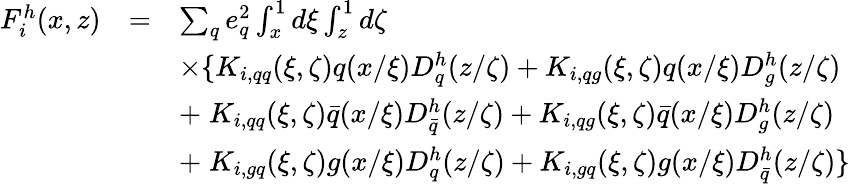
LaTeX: \begin{array}{rcl}{{F_{i}^{h}(x,z)}}&{{=}}&{{\sum_{q}e_{q}^{2}\int_{x}^{1}d\xi\int_{z}^{1}d\zeta}}\\ {{}}&{{}}&{{\times\{ K_{i,qq}(\xi,\zeta)q(x/\xi)D_{q}^{h}(z/\zeta)+K_{i,qg}(\xi,\zeta)q(x/\xi)D_{g}^{h}(z/\zeta)}}\\ {{}}&{{}}&{{+\; K_{i,qq}(\xi,\zeta)\bar{q}(x/\xi)D_{\bar{q}}^{h}(z/\zeta)+K_{i,qg}(\xi,\zeta)\bar{q}(x/\xi)D_{g}^{h}(z/\zeta)}}\\ {{}}&{{}}&{{+\; K_{i,gq}(\xi,\zeta)g(x/\xi)D_{q}^{h}(z/\zeta)+K_{i,gq}(\xi,\zeta)g(x/\xi)D_{\bar{q}}^{h}(z/\zeta)\} }}\end{array}